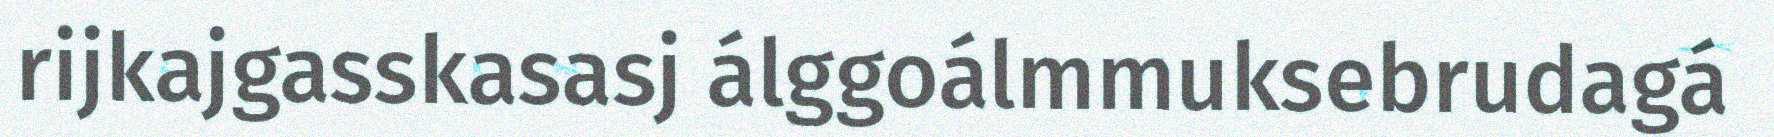
rijkajgasskasasj álggoálmmuksebrudagá